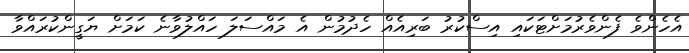
އެހެންވެ ފެންވެރުމަށްޓަކައި އިސްކުރު ބަރިއެއް ހެދުމުން އެ މައްސަލަ ހައްލުވާނެ ކަމަށް ޔަގީންކުރައްވާ